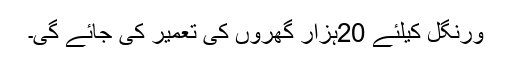
ورنگل کیلئے 20ہزار گھروں کی تعمیر کی جائے گی۔